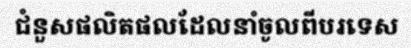
ជំនួសផលិតផលដែលនាំចូលពីបរទេស